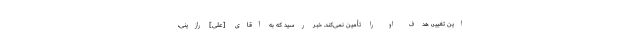
این تغییر، هدف او را تأمین نمى‌كند. خبر رسید كه به آقاى [علی] رازینى،